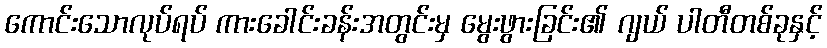
ကောင်းသောလုပ်ရပ် ကားခေါင်းခန်းအတွင်းမှ မွေးဖွားခြင်း၏ ဂျယ် ပါတီတစ်ခုနှင့်